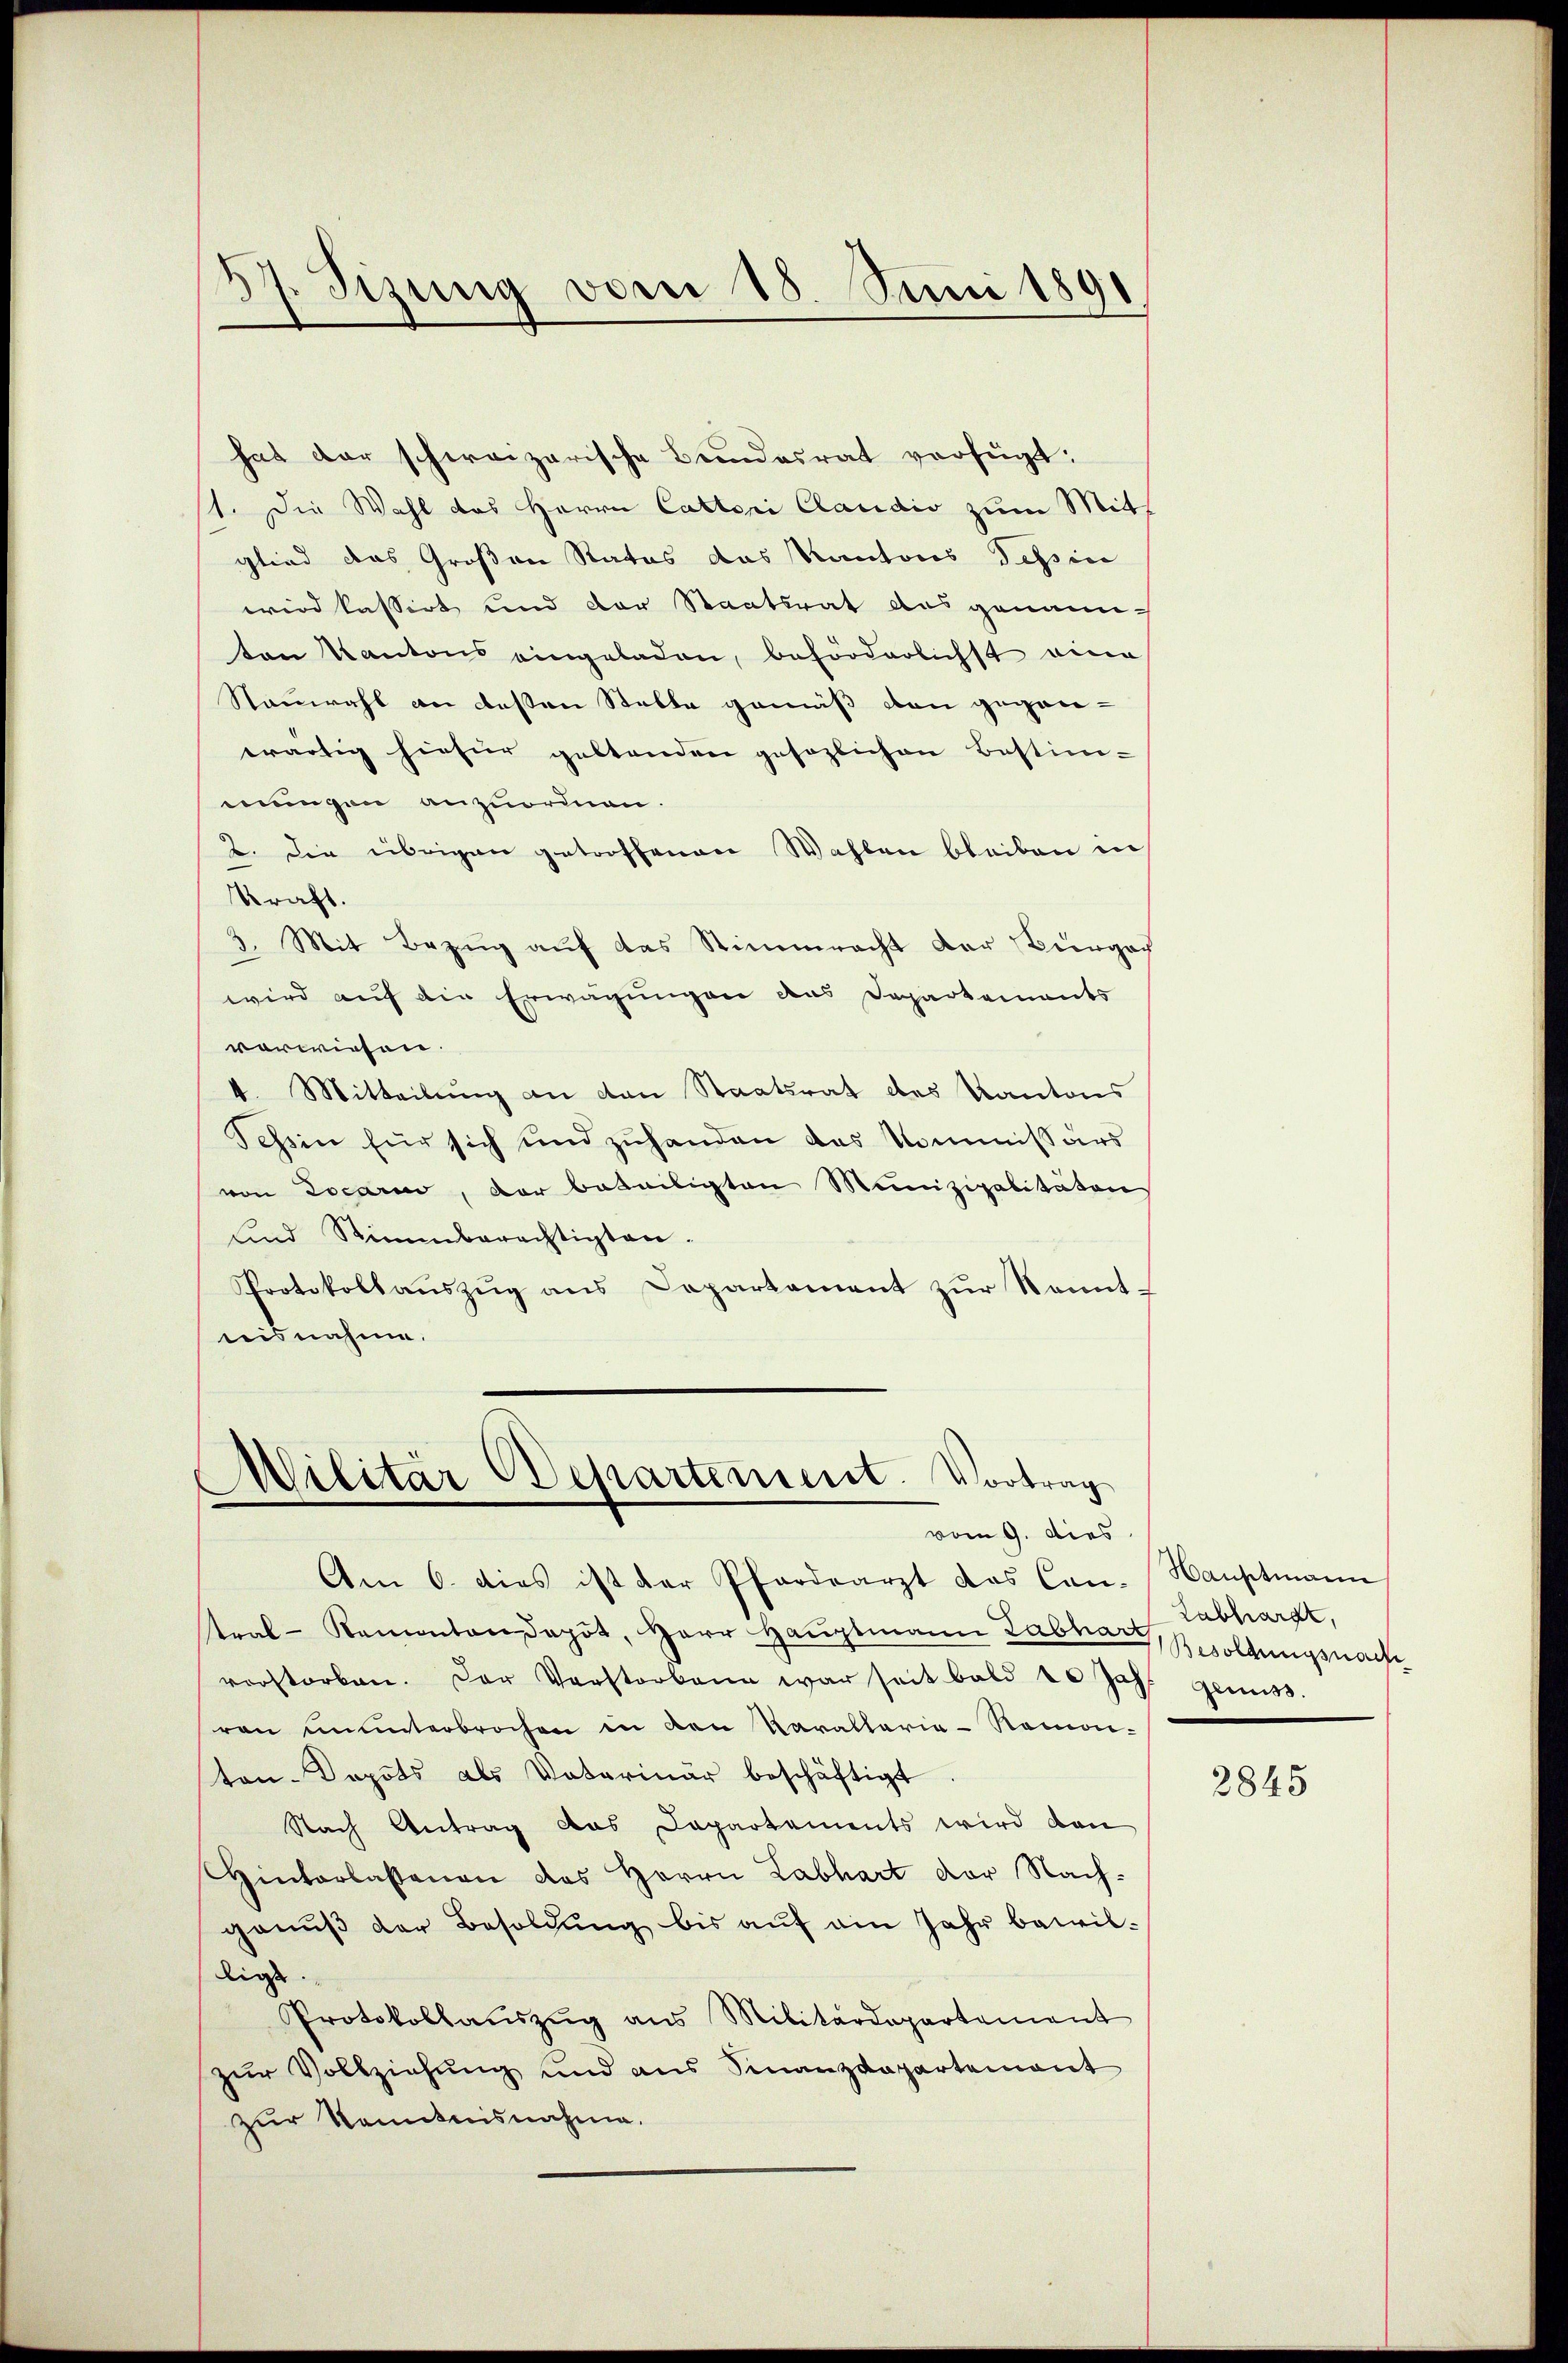
.
37. Sitzung vom 18. Juni 1891

hat der schweizerische Bundesrat verfügt:
st. Die Wahl das Herrn Catteri Candio zum Mitth
glied das Großen Rates das Kantons Tessin
wird kassirt und der Staatsrat das genann-
ten Kantons eingeladen, beförderlichst eine
Nauwahl an deßen Statte gemäß von geganwärtig hiefür geltenden gesezlichen Bestim-
mungen anzuordnen.
2. Die übrigen getroffenen Wahlen bleiben in
kraft.
3. Mit Bezug auf das Stimmracht der Bürgach
wird auf die Erwägungen das Departements
vorwiesen.
4. Mitteilung an den Staatsrat des Kantons
Tessin für sich und zuhanden das Kommissärs
von Locario, der beteiligten Munizipalitäten
und Stimmberechtigten.
Protokollauszug aus Departement zur Kenntteisnahme.

Militär Departement. Vortrag
vom 9. dies

Am 6. dies ist der Pfardearzt das Can-Hauptmann
stral-Ramontan depot, Herr Haŭptmann Labhart Labhardt,
vorstorben. Der Verstorbene war seit bald 10 Jahr gemiss
ren ununterbrochen in den Karallaria-Namon-
ton-Depots als Vaterinär beschäftigt
Nach Antrag das Dapartements wird dan
Hinterlassenen das Herrn Labhart der Nach-
ganŭβ der Besoldŭng bis aŭf ein Jahr bewil-
ligt.
Protokollaŭszŭg ans Militärdepartement
zur Vollziehung und aus Sinanzdepartement
zur Kenntnisnahme.

Besoldungsnach

2845